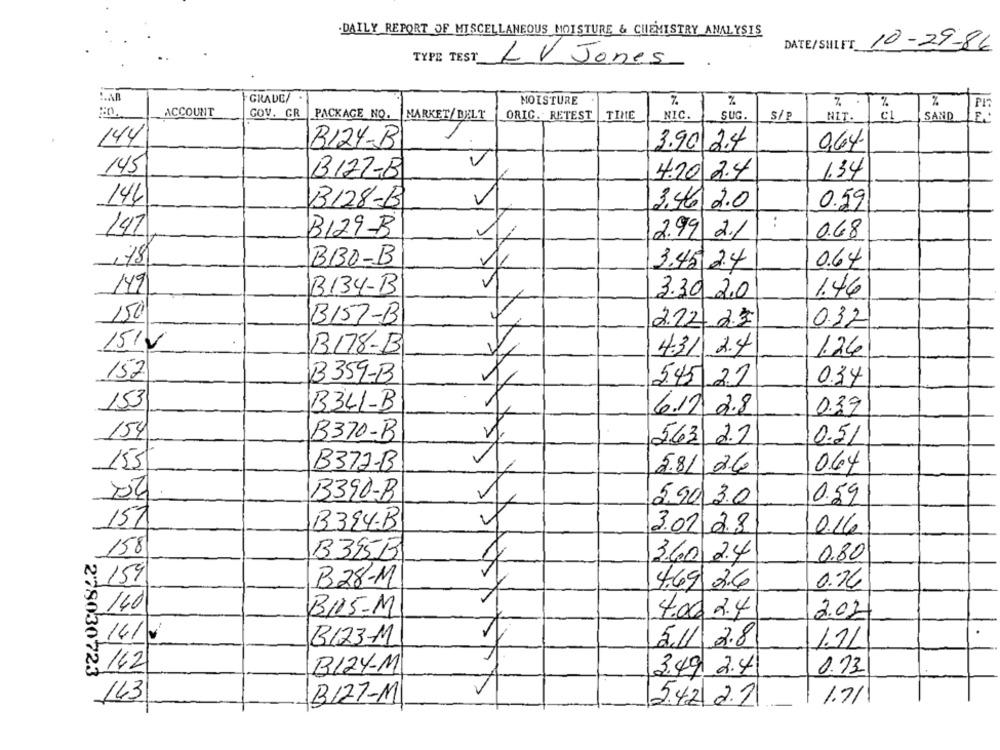
.DAILY REPORT OF MISCELLANEOUS MOISTURE & CHEMISTRY ANALYSIS
DATE/SHIFT 10-29-86
TYPE TEST LV Jones
GRADE/
KKKKSE
MOISTURE
%
%
ACCOUNT
GOV. GR
PACKAGE NO.
MARKET/ BELT
ORIG. RETEST
TINE
NIC.
SUG.
S/P
NIT.
CL
SAND
144
B124-B
3.90 2.4
0,64
145
1.34
B122-B
4.20 2.4
144
B128-B
3.46 2.0
0.59
:
147
B129-B
2.99 2.1
0.68
BB0-B
3.45 2.4
0.64
149
B134-B
1.46
3.30 2.0
150
B157-B
22225
032
151V
B178-B
4.31 2.4
1.26
157
B359-B
5.45 22
034
153
B341-B
6.17 2.8
0.39
154
B370-B
563 2.2
0.51
155
064
B372-B
28/ 26
B390-B
5.90 3.0
0.59
151
B394-B
302 2.8
0.16
158
B395B
3.60 2.4
0.80
$ 159
B28-M
4.69 2.6
0.76
£ 140
BUS-M
4.00 2.4
2.02
: 14/1
B123-M
51/ 2.8
1.21
B12Y-M
278030723
142
3.49 2.4
0.73
143
B127-M
5.42 2.2
1.71